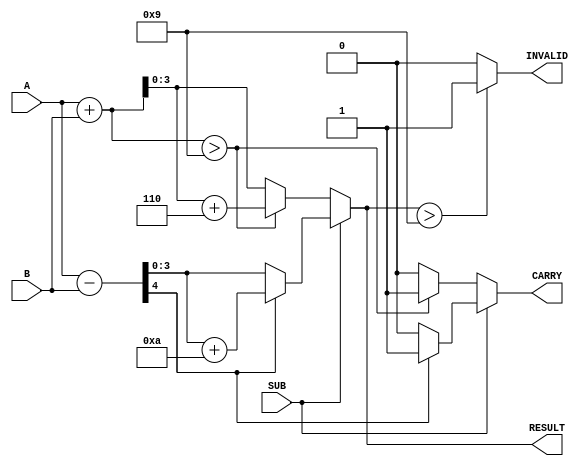
module BCD_Add_Subtracter (
    input  wire [3:0] A,        // First BCD digit
    input  wire [3:0] B,        // Second BCD digit
    input  wire SUB,            // Control signal (0 for add, 1 for subtract)
    output reg  [3:0] RESULT,   // Resulting BCD digit
    output reg  CARRY,          // Carry out for addition or borrow for subtraction
    output reg  INVALID         // Indicates an invalid BCD result
);

    wire [4:0] sum;            // 5-bit sum for addition
    wire [4:0] diff;           // 5-bit difference for subtraction

    // Perform binary addition
    assign sum = A + B;

    // Perform binary subtraction
    assign diff = A - B;

    always @(*) begin
        // Default outputs
        RESULT = 4'b0000;
        CARRY = 1'b0;
        INVALID = 1'b0;

        if (SUB == 1'b0) begin
            // Addition operation
            if (sum > 9) begin
                RESULT = sum + 4'b0110; // BCD correction
                CARRY = 1'b1;            // Set carry flag
            end else begin
                RESULT = sum[3:0];      // No correction needed
            end
        end else begin
            // Subtraction operation
            if (diff[4] == 1'b1) begin
                // Negative result, apply BCD correction
                RESULT = diff + 4'b1010; // Add 10 to bring back to valid range
                CARRY = 1'b1;             // Set borrow flag
            end else begin
                RESULT = diff[3:0];       // No correction needed
            end
        end

        // Check for invalid BCD result
        if (RESULT > 9) begin
            INVALID = 1'b1;            // Set invalid flag if result exceeds 9
        end
    end

endmodule